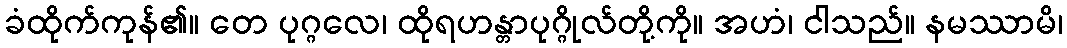
ခံထိုက်ကုန်၏။ တေ ပုဂ္ဂလေ၊ ထိုရဟန္တာပုဂ္ဂိုလ်တို့ကို။ အဟံ၊ ငါသည်။ နမဿာမိ၊